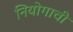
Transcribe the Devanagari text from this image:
नियोगाची